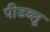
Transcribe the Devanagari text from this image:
पीडब्लू